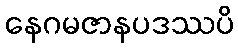
နေဂမဇာနပဒဿပိ